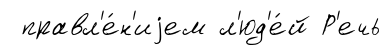
правл'е́н'иjем л'юд'е́й Р'ечь